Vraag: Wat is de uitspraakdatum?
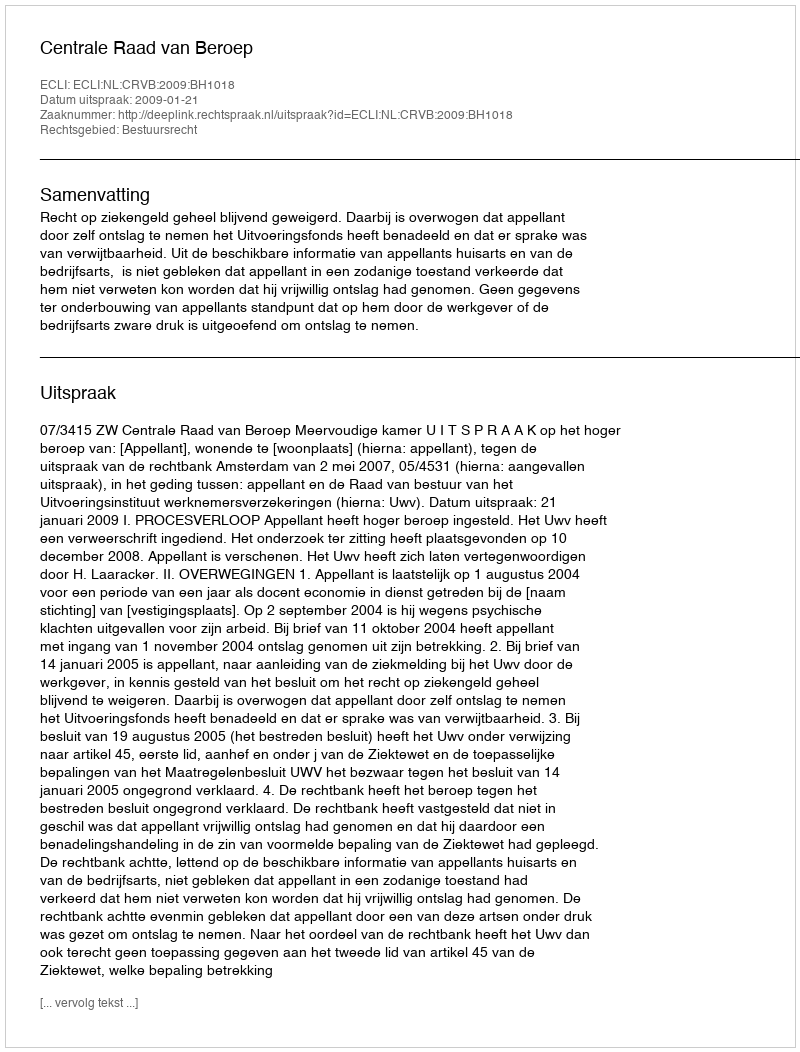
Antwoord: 2009-01-21